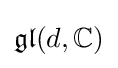
{\mathfrak {gl}}(d,\mathbb {C} )